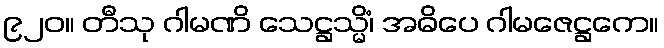
၉၂၀။ တီသု ဂါမဏိ သေဋ္ဌသ္မိံ၊ အဓိပေ ဂါမဇေဋ္ဌကေ။